Lunatic asylums Bombay report 1891-1903 - 1891-1903
Year: 1891
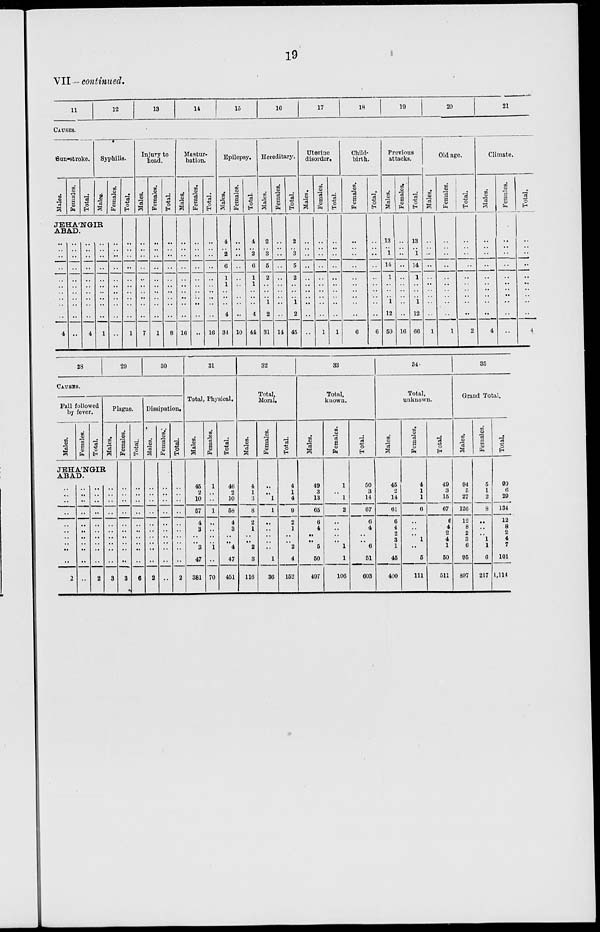
19
VII — continued.
11
12
13
14
15
16
17
18
19
20
21
CAUSES.
Sun-stroke.
Males.
Females.
Total.
Syphilis.
Males.
Females.
JEHANGIR
ABAD.
..
..
..
..
..
..
..
..
..
..
4
..
..
..
..
..
..
..
..
..
..
..
..
..
..
..
..
..
..
..
..
..
4
..
..
..
..
..
..
..
..
..
..
1
..
..
..
..
..
..
..
..
..
..
..
Total.
..
..
..
..
..
..
..
..
..
..
1
Injury to
head.
Males.
..
..
..
..
..
..
..
..
..
..
7
Females.
..
..
..
..
..
..
..
..
..
..
1
Total.
..
..
..
..
..
..
..
..
..
..
8
Mastur-
bation.
Males.
..
..
..
..
..
..
..
..
..
..
16
Females.
..
..
..
..
..
..
..
..
..
..
..
Total.
..
..
..
..
..
..
..
..
..
..
16
Epilepsy.
Males.
4
.. 2
6
1
1
..
..
..
4
34
Females.
..
..
..
..
..
..
..
..
..
..
10
Total.
4
.. 2
6
1
1
..
..
..
4
44
Hereditary.
Males.
2
.. 3
5
2
..
..
.. 1
2
31
Females.
..
..
..
..
..
..
..
..
..
..
14
Total.
2
.. 3
5
2
..
..
.. 1
2
45
Uterine
disorder.
Males.
..
..
..
..
..
..
..
..
..
..
..
Females.
..
..
..
..
..
..
..
..
..
..
1
Total.
..
..
..
..
..
..
..
..
..
..
1
Child
birth.
Females.
..
..
..
..
..
..
..
..
..
..
6
Total.
..
..
..
..
..
..
..
..
..
..
6
Previous
attacks.
Males.
13
.. 1
14
1
..
..
.. 1
12
50
Females.
..
..
..
..
..
..
..
..
..
..
16
Total.
13
..
1
14
1
..
..
.. 1
12
66
Old age.
Males.
..
..
...
..
..
..
..
..
..
..
1
Females.
..
..
..
..
..
..
..
..
..
..
1
Total.
..
..
..
..
..
..
..
..
..
..
2
Climate.
Males.
..
..
..
..
..
..
..
..
..
..
4
Females.
..
..
..
..
..
..
..
..
..
..
..
Total.
..
..
..
..
..
..
..
..
..
..
4
28
29
30
CAUSES.
Fall followed
by fever.
Males.
Females.
Total
Plague.
Males.
JEHA'NGIR
ABAD.
..
..
..
..
..
..
..
..
..
..
2
..
..
..
..
..
..
..
..
..
..
..
..
..
..
..
..
..
..
..
..
..
2
..
..
..
..
..
..
..
..
..
..
3
Females.
..
..
..
..
..
..
..
..
..
..
3
Total.
..
..
..
..
..
..
..
..
..
..
6
Dissipaton.
Males.
..
..
..
..
..
..
..
..
..
..
2
Females.
..
..
..
..
..
..
..
..
..
..
..
Total.
..
..
..
..
..
..
..
..
..
2
31
Total, Physical.
Males.
45
2
10
57
4
3
..
..
3
47
381
Females.
1
..
..
1
..
..
..
..
1
..
70
Total.
46
2
10
58
4
3
..
..
4
47
451
32
Total,
Moral.
Males.
4
1
3
8
2
1
..
..
2
3
116
Females.
..
..
1
1
..
..
..
..
..
1
36
Total.
4
1
4
9
2
1
..
..
2
4
152
33
Total,
known.
Males.
49
3
13
65
6
4
..
..
5
50
497
Females.
1
..
1
2
..
..
..
..
1
1
106
Total.
50
3
14
67
..
4
..
..
6
51
603
34
Total,
unknown.
Males.
45
2
14
61
6
4
2
3
1
45
400
Females.
4
1
1
6
..
..
..
1
..
5
111
Total.
49
3
15
67
6
4
2
4
1
50
511
35
Grand Total.
Males.
94
5
27
126
12
8
2
3
6
95
897
Females.
5
1
2
8
..
..
..
1
1
6
217
Total.
99
6
29
134
12
8
2
4
7
101
1,114